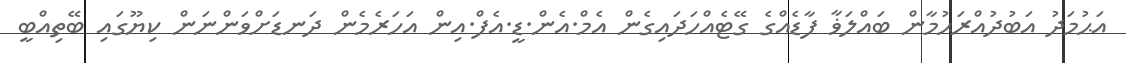
އަޙުމަދު އަބުދުއްރަޙުމާން ބައްލަޥާ ފާޑެއްގެ ގޭޓެއްހަދައިގެން އެމް.އެން.ޑީ.އެފް.އިން އަހަރެމެން ދަނޑަށްވަންނަން ކިޔޫގައި ބޭތިއްބީ